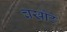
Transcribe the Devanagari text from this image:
चखौटे